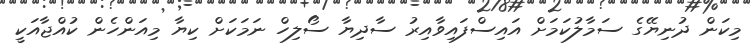
މިކަން ދުނިޔޭގެ ސަމާލުކަމަށް އައިސްފައިވާއިރު ސާދިޔާ ސޯލިހް ނަމަކަށް ކިޔާ މިއަންހެން ކުއްޖާއަކީ